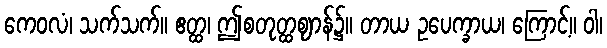
ကေဝလံ၊ သက်သက်။ ဧတ္ထ၊ ဤစတုတ္ထဈာန်၌။ တာယ ဥပေက္ခာယ၊ ကြောင့်။ ဝါ၊